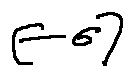
[ - \sigma ]